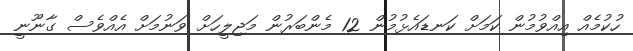
ހުކުމެއް އިއްވުމުން ކަމަށް ކަނޑައެޅުމުން 12 މެންބަރުން މަޖިލީހަށް ވަނުމަށް އެއްވެސް ގާނޫނީ